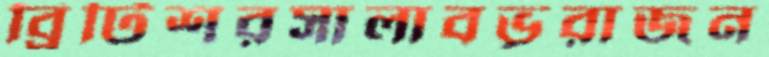
ব্রিটিশরসালাবভূরাজন